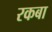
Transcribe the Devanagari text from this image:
रकबा